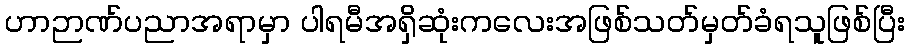
ဟာဉာဏ်ပညာအရာမှာ ပါရမီအရှိဆုံးကလေးအဖြစ်သတ်မှတ်ခံရသူဖြစ်ပြီး